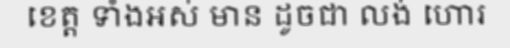
ខេត្ត ទាំងអស់ មាន ដូចជា លង់ ហោរ